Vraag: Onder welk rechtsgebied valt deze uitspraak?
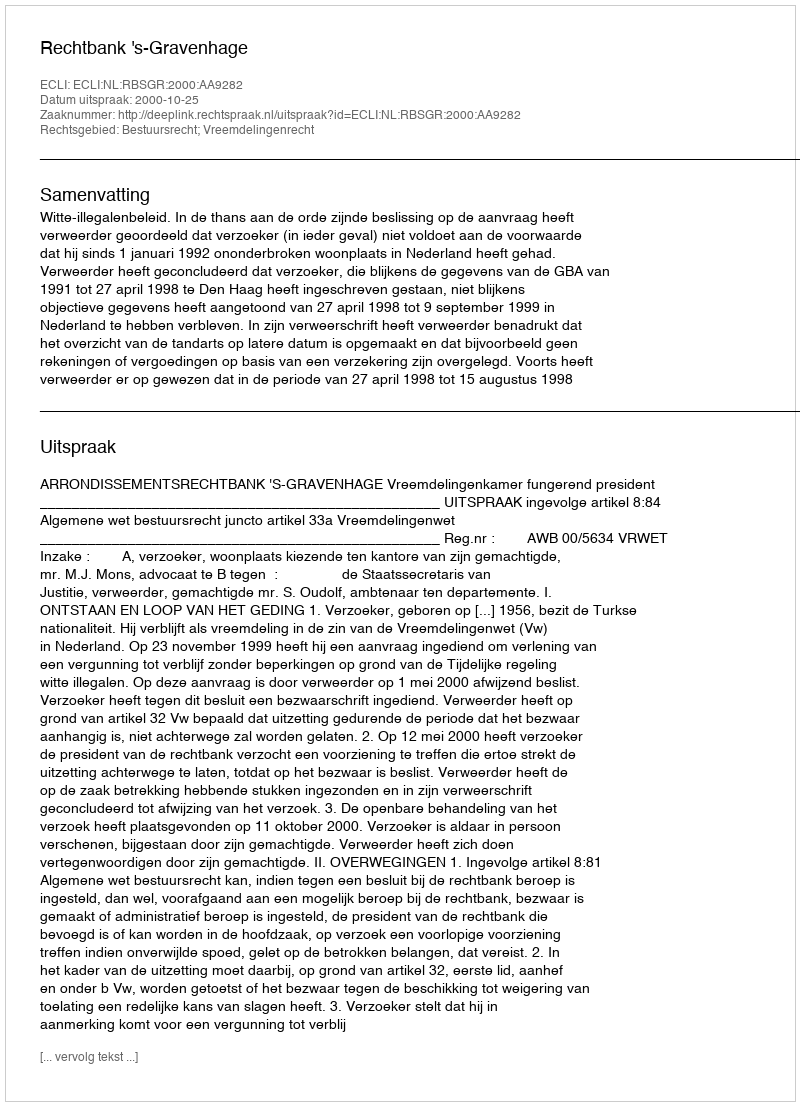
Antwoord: Bestuursrecht; Vreemdelingenrecht